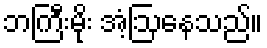
ဘကြီးမိုး အံ့ဩနေသည်။